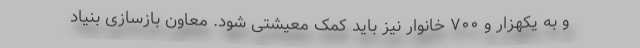
و به یکهزار و ۷۰۰ خانوار نیز باید کمک معیشتی شود. معاون بازسازی بنیاد